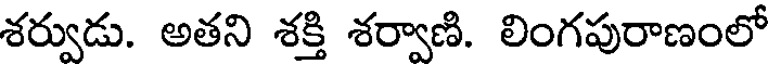
శర్వుడు. అతని శక్తి శర్వాణి. లింగపురాణంలో